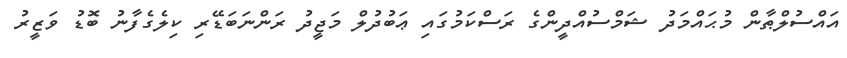
އައްސުލްޠާން މުޙައްމަދު ޝަމްސުއްދީންގެ ރަސްކަމުގައި ޢަބުދުލް މަޖީދު ރަންނަބަޑޭރި ކިލެގެފާނު ބޮޑު ވަޒީރު